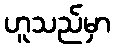
ဟူသည်မှာ